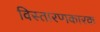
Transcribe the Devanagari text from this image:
विस्तारणकारक